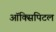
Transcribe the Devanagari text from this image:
ऑक्सिपिटल